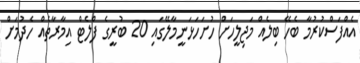
އެއްފަސްކުރުމާ ބެހޭ ބިލެއް މަޖިލީހަށް ހުށަހަޅަނީމާލޭގައި 20 ބުރީގެ ފްލެޓް އިމާރާތެއް ހެދުމަށް